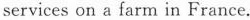
serviceson a farm in France.